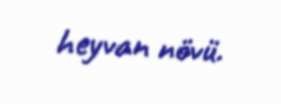
heyvan növü.